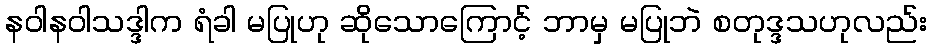
နဝါနဝါသဒ္ဒါက ရံခါ မပြုဟု ဆိုသောကြောင့် ဘာမှ မပြုဘဲ စတုဒ္ဒသဟုလည်း